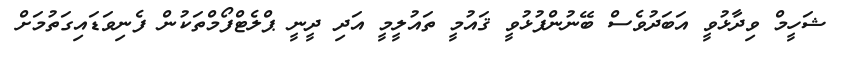
ޝަހީމް ވިދާޅުވީ އަބަދުވެސް ބޭނުންފުޅުވީ ޤައުމީ ތައުލީމީ އަދި ދީނީ ޕްލެޓްފޯމްތަކުން ފެނިވަޑައިގަތުމަށް